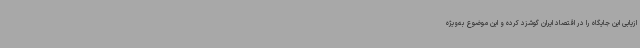
ازیابی این جایگاه را در اقتصاد ایران گوشزد کرده و این موضوع به‌ویژه